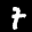
Label: 7